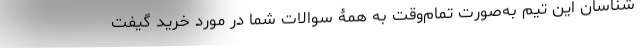
شناسان این تیم به‌صورت تمام‌وقت به همۀ سوالات شما در مورد خرید گیفت